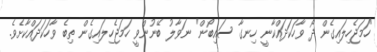
"ހަމަޖެހިލައިގެން ދޯ ވާހަކަދައްކާނީ ހިނގާ ސައިބޯން" ނަވާލު ބޭނުންވީ ހަމަޖެހިލައިގެން ތިބެ ވާހަކަދައްކާށެވެ.